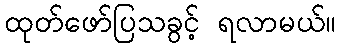
ထုတ်ဖော်ပြသခွင့် ရလာမယ်။